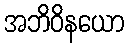
အဘိဝိနယော